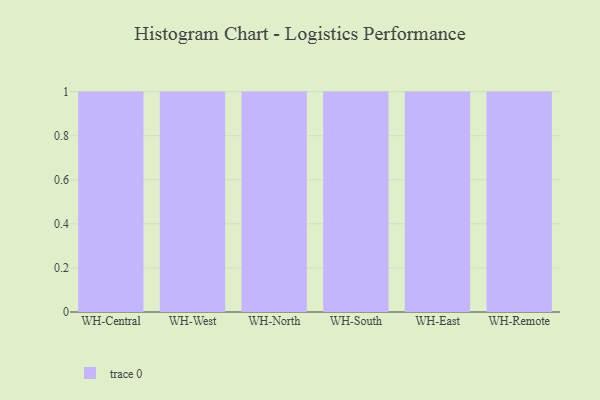
{"axis": {"x": "Warehouse", "y": "Energy Usage (MWh)"}, "legend": [""], "data": [{"x": "WH-Central", "y": 38, "type": ""}, {"x": "WH-West", "y": 72, "type": ""}, {"x": "WH-North", "y": 31, "type": ""}, {"x": "WH-South", "y": 75, "type": ""}, {"x": "WH-East", "y": 73, "type": ""}, {"x": "WH-Remote", "y": 60, "type": ""}]}